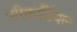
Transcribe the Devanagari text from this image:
परिकार्डियल